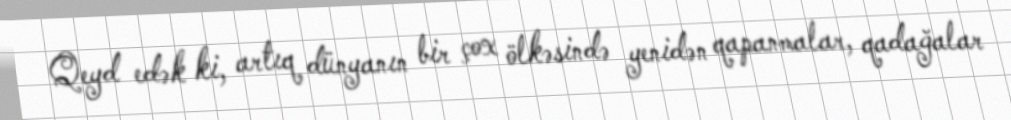
Qeyd edək ki, artıq dünyanın bir çox ölkəsində yenidən qapanmalar, qadağalar